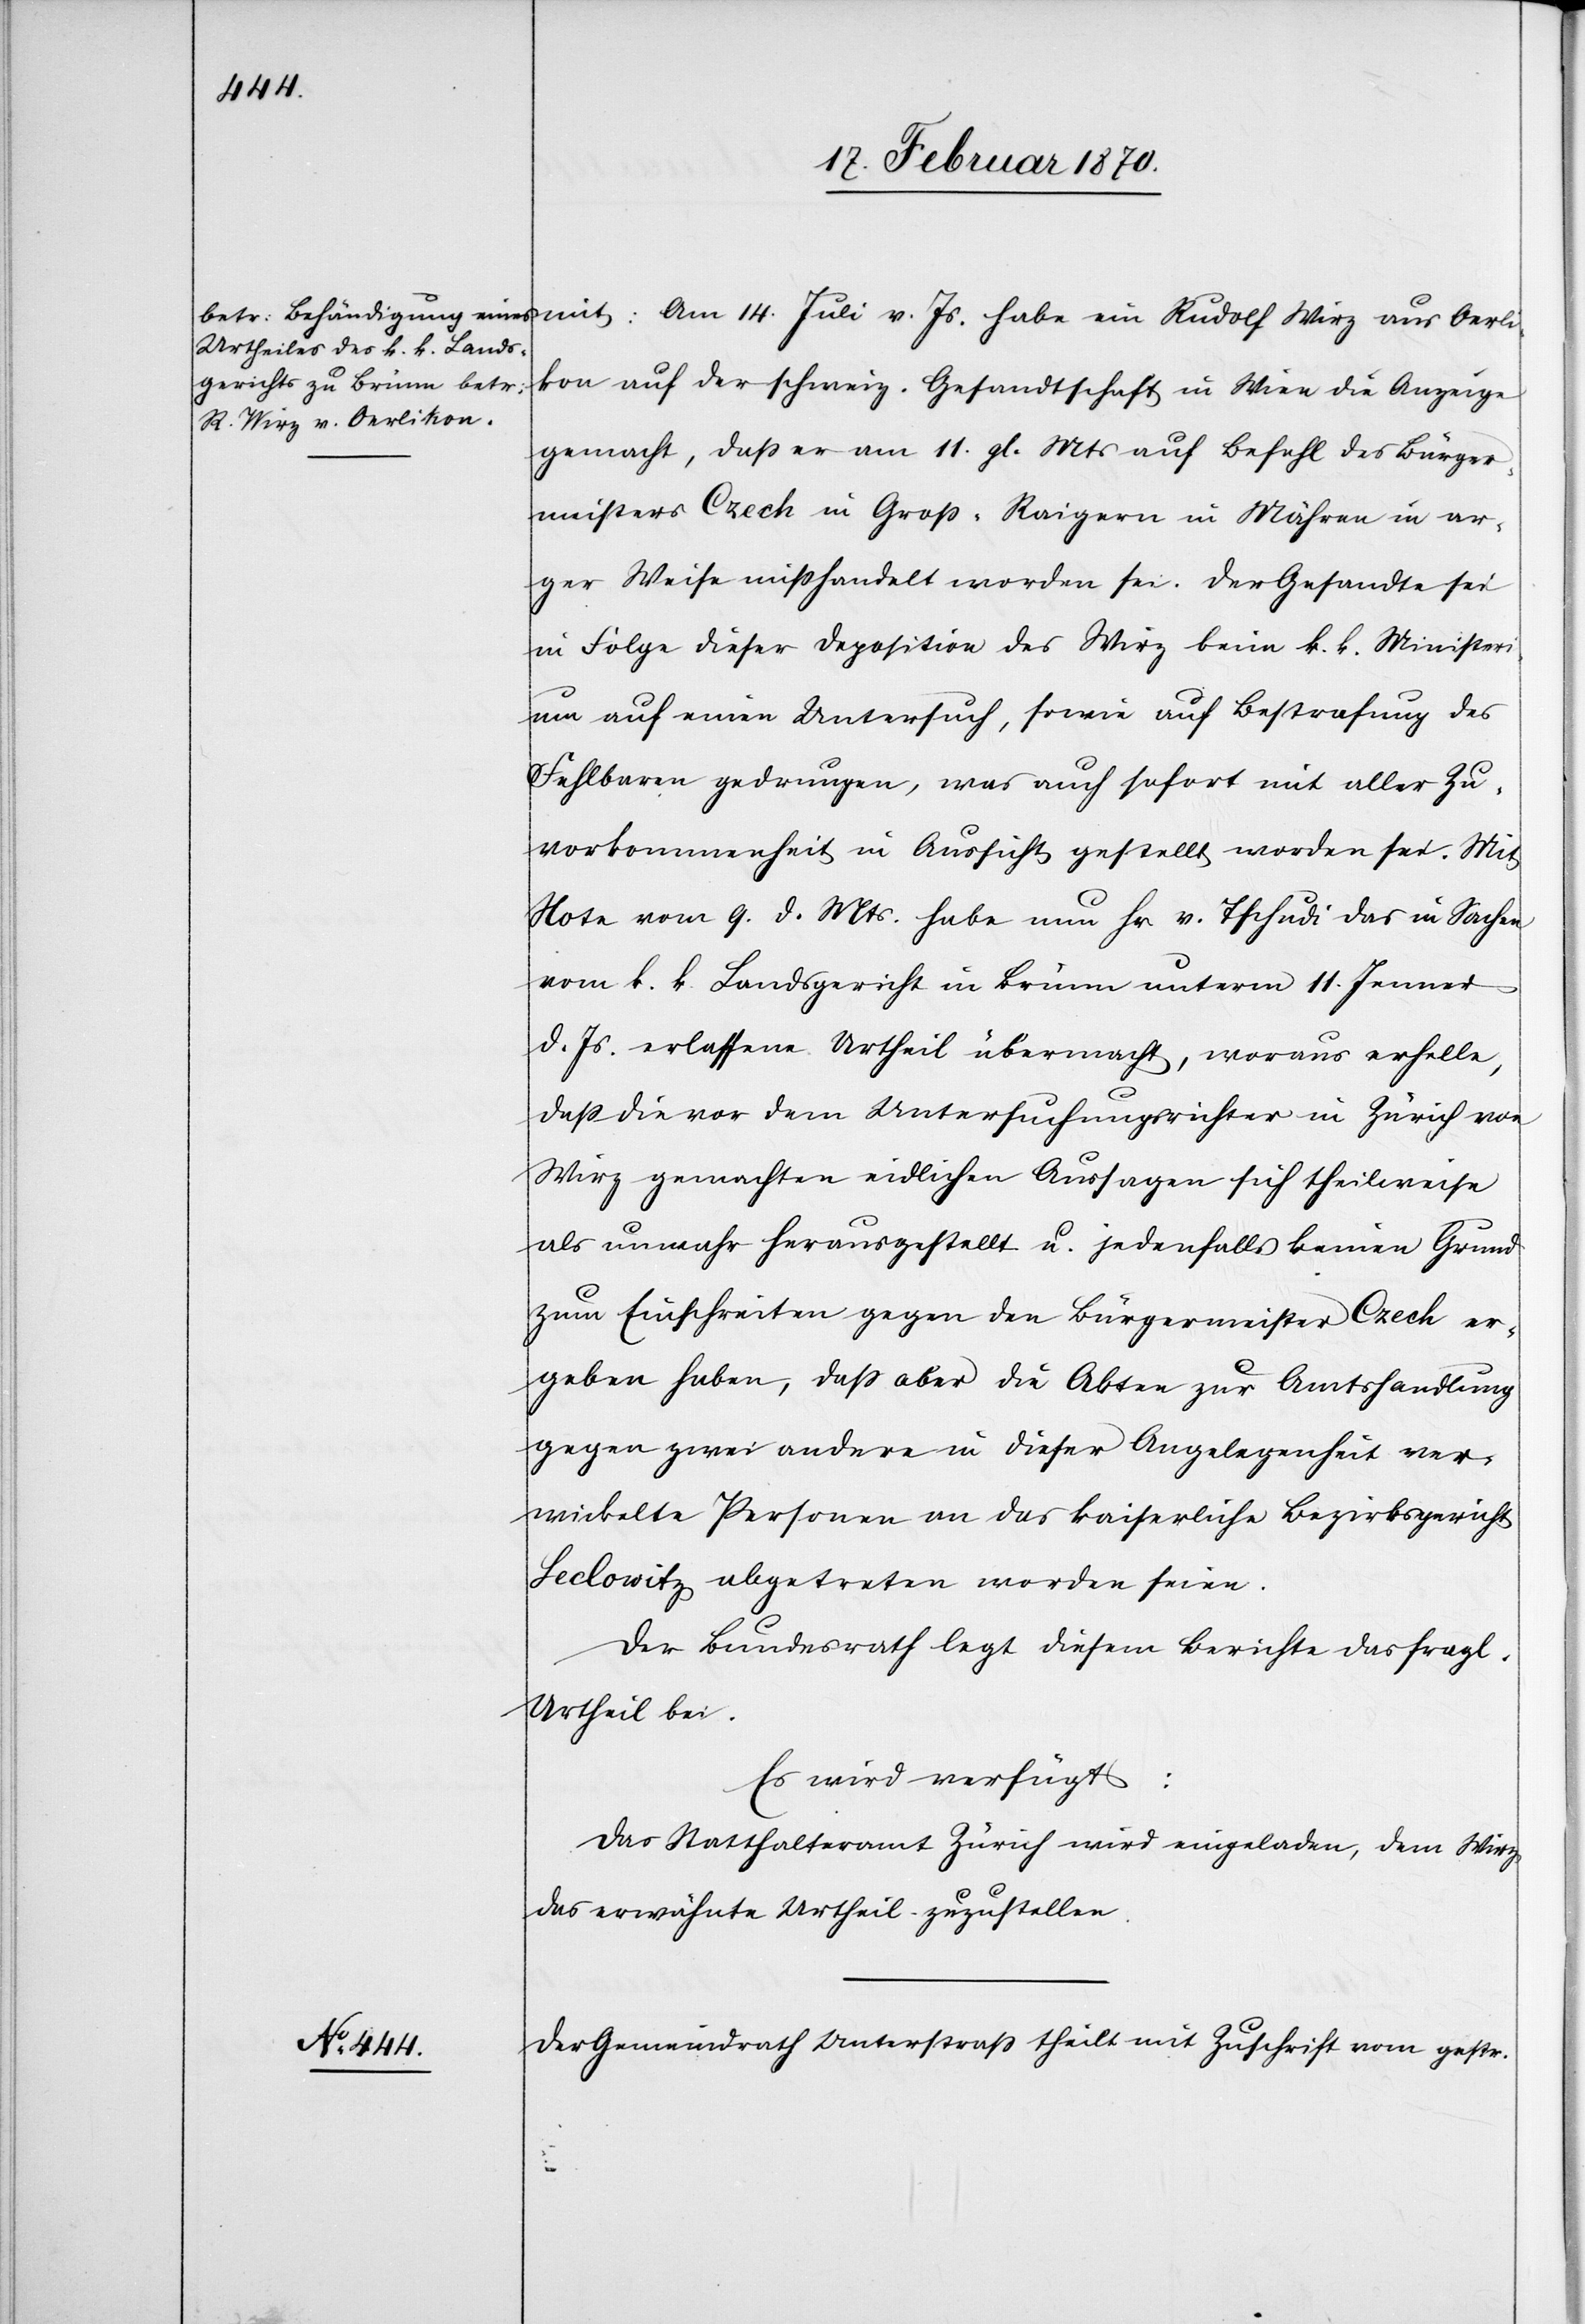
18 Februar 1870.]
mit: Am 14. Juli v. Js. habe ein Rudolf Wirz aus Oerli¬
kon auf der schweiz. Gesandtschaft in Wien die Anzeige
gemacht, dass er am 11. gl. Mts auf Befehl des Bürger¬
meisters Czech in Gross-Raigern in Mähren in ar¬
ger Weise misshandelt worden sei. Der Gesandte sei
in Folge dieser Deposition des Wirz beim k. k. Ministeri¬
um auf einen Untersuch, sowie auf Bestrafung des
Fehlbaren gedrungen, was auch sofort mit aller Zu¬
vorkommenheit in Aussicht gestellt worden sei. Mit
Note vom 9. d. Mts. habe nun Hr. v. Tschudi das in Sachen
vom k. k. Landsgericht in Brünn unterm 11. Jenner
d. Js. erlassene Urtheil übermacht, woraus erhelle,
dass die vor dem Untersuchungsrichter in Zürich von
Wirz gemachten eidlichen Aussagen sich theilweise
als unwahr herausgestellt u. jedenfalls keinen Grund
zum Einschreiten gegen den Bürgermeister Czech er¬
geben haben, dass aber die Akten zur Amtshandlung
gegen zwei andere in dieser Angelegenheit ver¬
wickelte Personen an das kaiserliche Bezirksgericht
Seclowitz abgetreten worden seien.
Der Bundesrath legt diesem Berichte das fragl.
Urtheil bei.
Es wird verfügt:
Das Statthalteramt Zürich wird eingeladen, dem Wirz
das erwähnte Urtheil zuzustellen.
Der Gemeindrath Unterstrass theilt mit Zuschrift vom gestr.